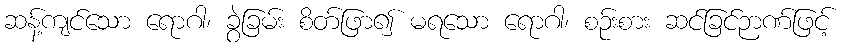
ဆန့်ကျင်သော ရောဂါ၊ ခွဲခြမ်း စိတ်ဖြာ၍ မရသော ရောဂါ၊ စဉ်းစား ဆင်ခြင်ဉာဏ်ဖြင့်